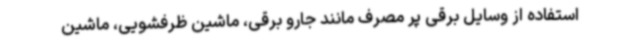
استفاده از وسایل برقی پر مصرف مانند جارو برقی، ماشین ظرفشویی، ماشین